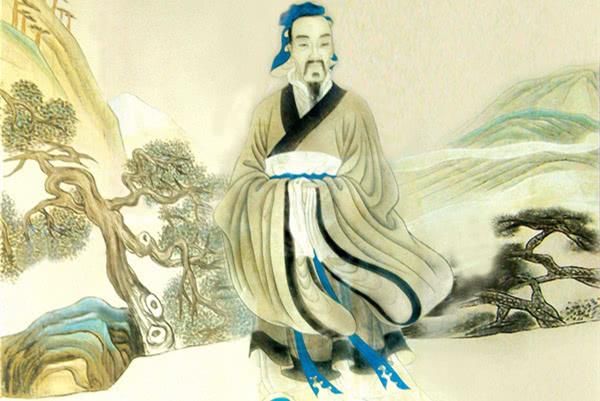
投我以桃。报之以李。即此言爱人者必见爱也。而恶人者必见恶也。